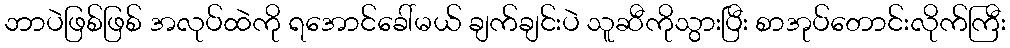
ဘာပဲဖြစ်ဖြစ် အလုပ်ထဲကို ရအောင်ခေါ်မယ် ချက်ချင်းပဲ သူဆီကိုသွားပြီး စာအုပ်တောင်းလိုက်ကြီး